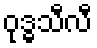
ဝုဒ္ဓသီလီ